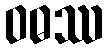
ဝဓဿ